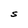
Character: S